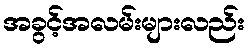
အခွင့်အလမ်းများလည်း